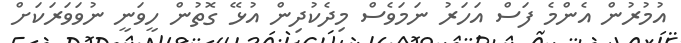
އުމުރުން އެންމެ ފަސް އަހަރު ނަމަވެސް މިދެކުދިން އުޅޭ ގޮތުން ހީވަނީ ނުވަވަރަކަށް